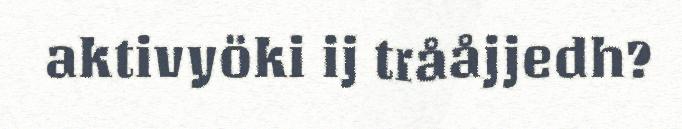
aktivyöki ij trååjjedh?